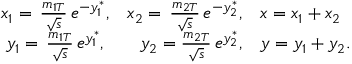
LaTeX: \begin{array} { c r l } { { x _ { 1 } = \, \frac { m _ { 1 T } } { \sqrt { s } } \, e ^ { - y _ { 1 } ^ { * } } , } } & { { x _ { 2 } = \, \frac { m _ { 2 T } } { \sqrt { s } } \, e ^ { - y _ { 2 } ^ { * } } , } } & { { x = x _ { 1 } + x _ { 2 } } } \\ { { y _ { 1 } = \, \frac { m _ { 1 T } } { \sqrt { s } } \, e ^ { y _ { 1 } ^ { * } } , } } & { { y _ { 2 } = \frac { m _ { 2 T } } { \sqrt { s } } \, e ^ { y _ { 2 } ^ { * } } , } } & { { y = y _ { 1 } + y _ { 2 } . } } \end{array}